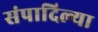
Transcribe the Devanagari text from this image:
संपादिल्या